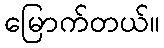
မြောက်တယ်။